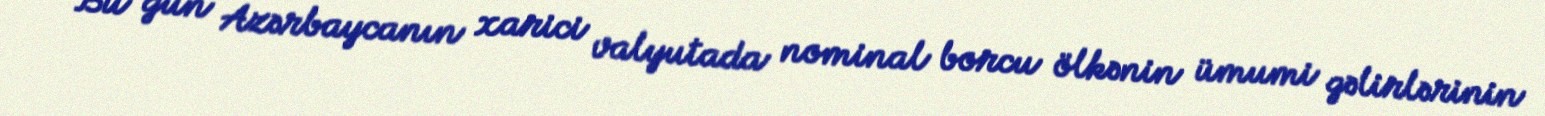
Bu gün Azərbaycanın xarici valyutada nominal borcu ölkənin ümumi gəlirlərinin